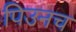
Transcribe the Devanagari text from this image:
पिउनच